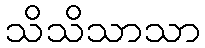
သိသိသာသာ